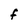
Character: F